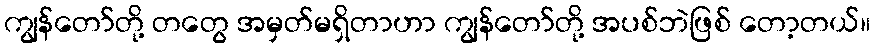
ကျွန်တော်တို့ တတွေ အမှတ်မရှိတာဟာ ကျွန်တော်တို့ အပစ်ဘဲဖြစ် တော့တယ်။